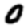
Digit: 0